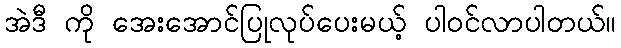
အဲဒီ ကို အေးအောင်ပြုလုပ်ပေးမယ့် ပါဝင်လာပါတယ်။